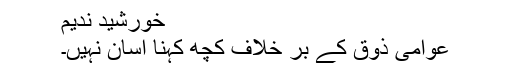
خورشید ندیم
عوامی ذوق کے بر خلاف کچھ کہنا آسان نہیں۔